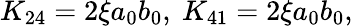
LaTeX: K_{24}=2\xi a_{0}b_{0},\ K_{41}=2\xi a_{0}b_{0},